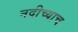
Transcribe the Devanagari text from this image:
नदीच्याच